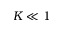
K \ll 1